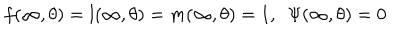
f ( \infty , \theta ) = l ( \infty , \theta ) = m ( \infty , \theta ) = 1 , \ \ \Psi ( \infty , \theta ) = 0